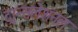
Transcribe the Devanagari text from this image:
ट्रान्सलेशनल